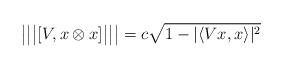
LaTeX: \begin{align*}\big|\big|\big|[V,x\otimes x]\big|\big|\big|=c\sqrt{1-|\langle Vx,x\rangle|^2}\end{align*}